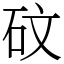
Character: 砇